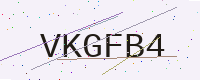
Text: VKGFB4